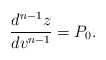
\begin{align*} \frac{d^{n-1}z}{dv^{n-1}}=P_{0}.\end{align*}